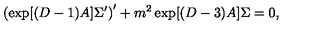
\left( \exp [ ( D - 1 ) A ] \Sigma ^ { \prime } \right) ^ { \prime } + m ^ { 2 } \exp [ ( D - 3 ) A ] \Sigma = 0 ,